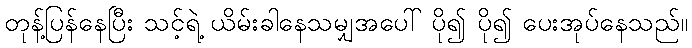
တုန့်ပြန်နေပြီး သင့်ရဲ့ ယိမ်းခါနေသမျှအပေါ် ပို၍ ပို၍ ပေးအုပ်နေသည်။